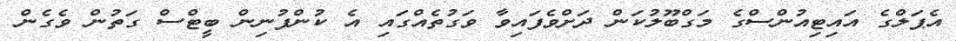
އެޕަލްގެ އައިޓިއުންސްގެ މަގްބޫލުކަން ދަށްވެފައިވާ ވަގުތެއްގައި އެ ކުންފުނިން ބީޓްސް ގަތުން ވެގެން